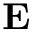
{ \bf E }